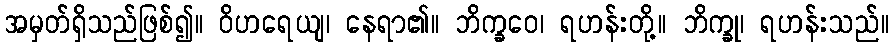
အမှတ်ရှိသည်ဖြစ်၍။ ဝိဟရေယျ၊ နေရာ၏။ ဘိက္ခဝေ၊ ရဟန်းတို့။ ဘိက္ခု၊ ရဟန်းသည်။